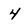
Character: 4